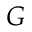
G